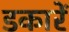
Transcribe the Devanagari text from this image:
डकारें